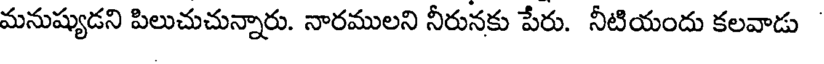
మనుష్యుడని పిలుచుచున్నారు. నారములని నీరునకు పేరు. నీటియందు కలవాడు